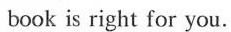
book is right for you.